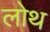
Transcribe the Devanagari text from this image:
लोथ